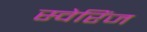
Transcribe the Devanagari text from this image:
स्वेरिंज